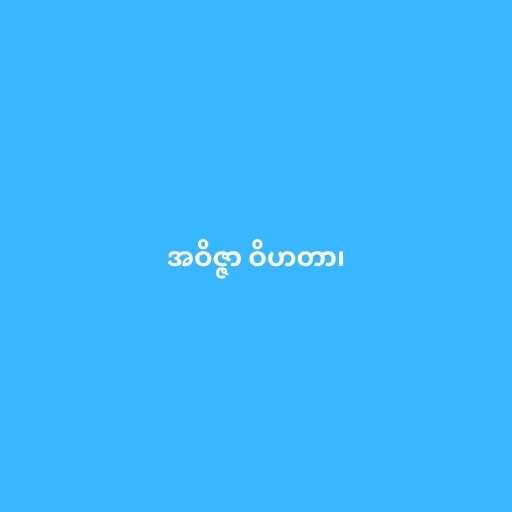
အဝိဇ္ဇာ ဝိဟတာ၊